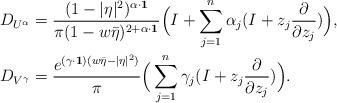
LaTeX: \begin{align*}&D_{U^{\alpha}}=\frac{(1-|\eta|^2)^{\alpha\cdot\mathbf 1}}{\pi(1-w\bar \eta)^{2+\alpha\cdot\mathbf 1}}\Big(I+\sum_{j=1}^{n}\alpha_j(I+z_j\frac{\partial}{\partial z_j})\Big),\\&D_{V^{\gamma}}=\frac{e^{(\gamma\cdot\mathbf 1)(w\bar{\eta}-|\eta|^{2})}}{\pi}\Big(\sum_{j=1}^{n}\gamma_j(I +z_j\frac{\partial}{\partial z_j})\Big).\end{align*}